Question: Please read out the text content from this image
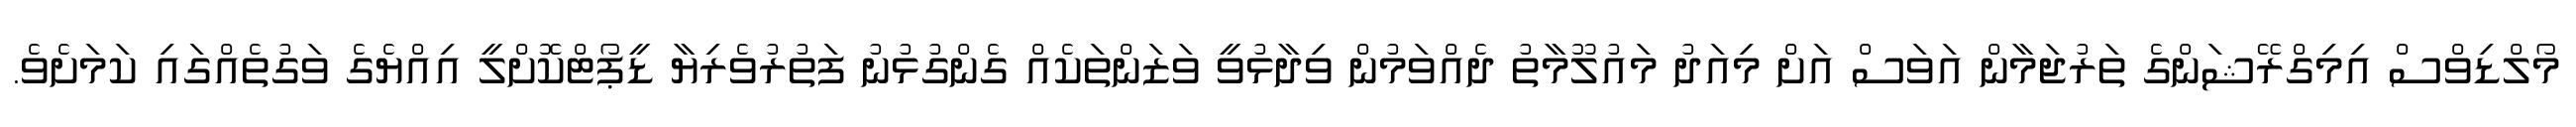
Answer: މޯލްޑިވްސް އިމިގްރޭޝަންގެ ތަރުޖަމާން އަވަސް އަށް މިއަދު މައުލޫމާތު ދެއްވަމުން ވިދާޅުވީ ވަޒަންތަކެއް ގެންގުޅުނު ފަތުރުވެރިޔާ ޑީޕޯޓްކޮށްލީ އިއްޔެގެ ވަގުތެއްގައި ކަމަށެވެ.